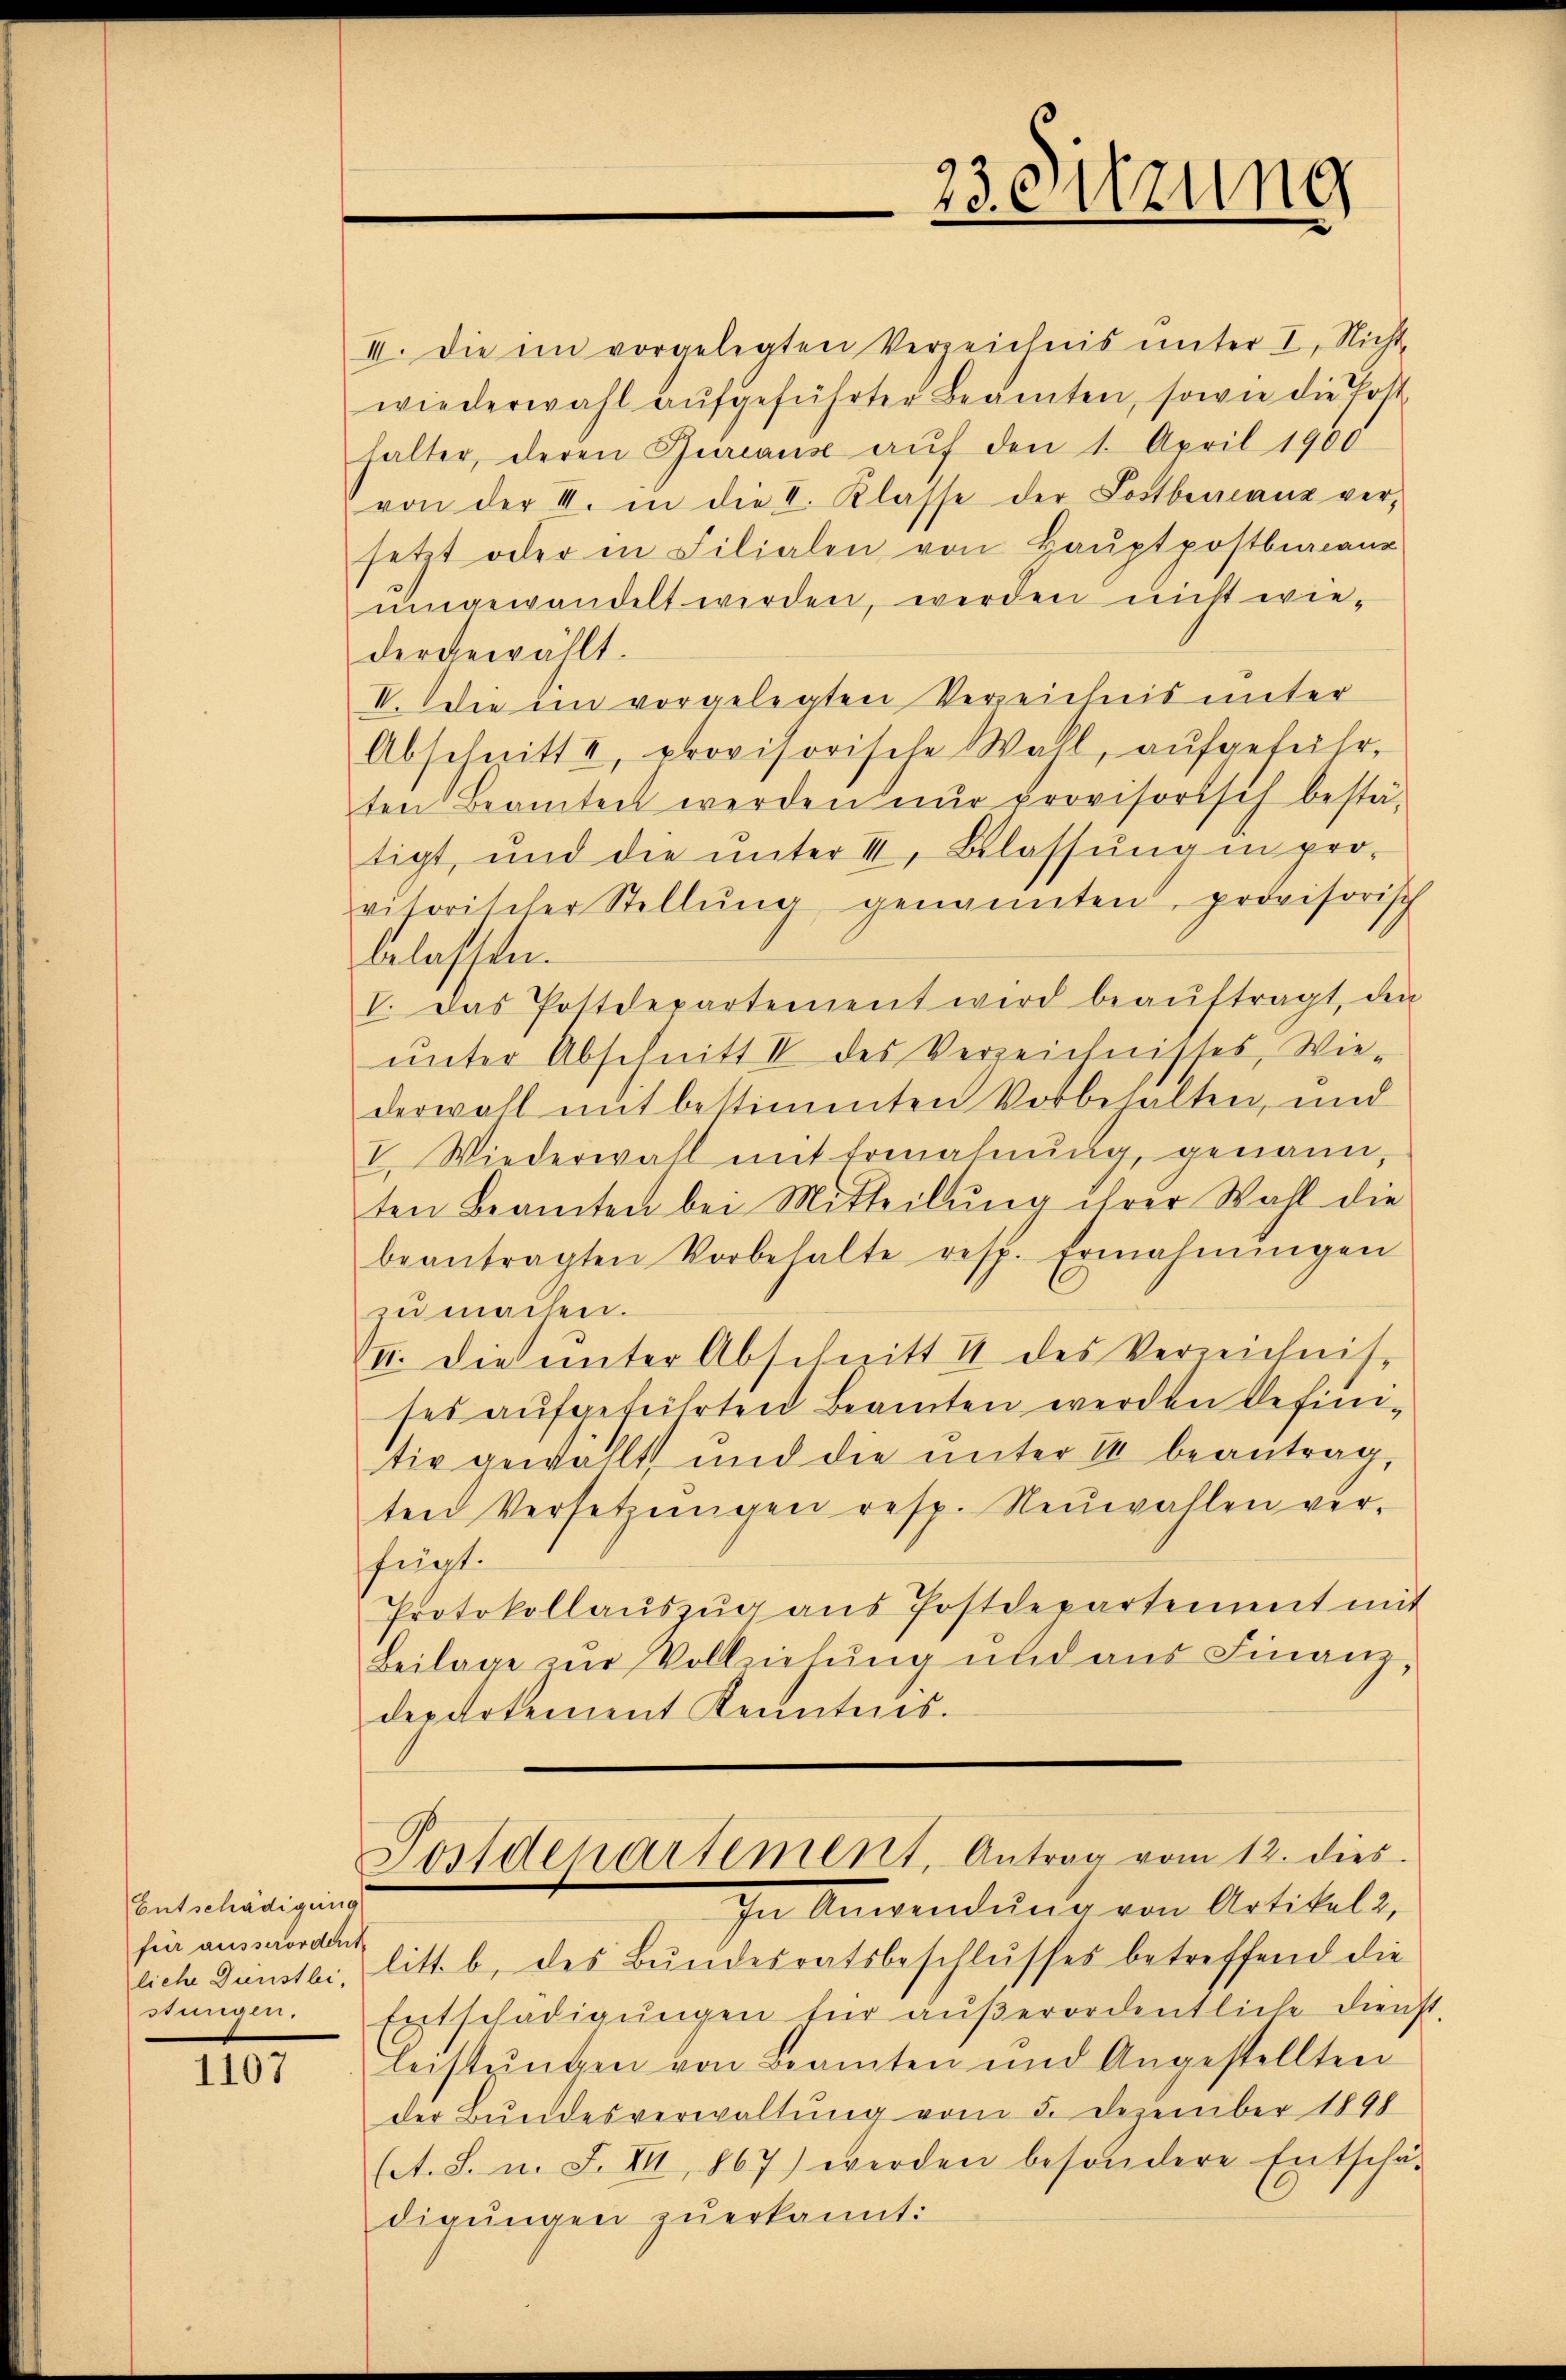
Entschädigung
für ausserordent
stungen.

1107

III. Die im vorgelegten Verzeichnis unter I. Nicht,
wiederwahl aufgeführter Beamten, sowie die Posthalter, deren Bureaus aŭf den 1. April 1900
von der III. in die I. Klasse der Lostberanz versetzt oder in Filialen von Haŭptpostburanz
umgewandelt werden, werden nicht wiedergewählt.
V. die ein vorgelegten Verzeichnis unter
Abschnitt II, provisorische Wall, aŭfgeführ-
ten Beamten werden nŭr provisorisch bestä-
tigt, und die ŭnter II. Belassŭng in pro-
visorischer Stellŭng genannten, provisorisch
belassen.
V. Das Postdepartement wird beaŭftragt, den
ŭnter Abschnitt II des Verzeichnisses, Wie-
derwohl mit bestimmten Vorbehalten, und
I. Wiederwahl mit Ermahnŭng, genann,
ten Beamten bei Mitteilung ihrer Wahl die
beantragten Vorbehalte resp. Ermahnŭngen
zu machen.
I. die unter Abschnitt 4 des Verrichnis-
ses aufgeführten Beamten werden definitiv gewählt und die ŭnter II beantrag,
ten Versetzŭngen resp. Neuwahlen ver-
fügt.
Protokollaŭszŭg aŭs Postdepartement mit
Beilage zur Vollziehung und aus Finanz-
departement Kenntnis.
Postdepartement, Antrag vom 12. dies
In Anwendung von Artikels,
liche Dünstli, litt. b. des Bundesratsbeschlusses betreffend die
Entschädigŭngen für aŭβerordentliche Dienst-
leistŭngen von Beamten und Angestellten
der Bundesverwaltung vom 5. dezember 1898
(A. S. n. F. VII, 867) werden besondere Entschä-
digungen zuerkannt:

23. Sitzung